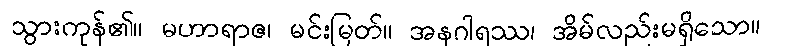
သွားကုန်၏။ မဟာရာဇ၊ မင်းမြတ်။ အနဂါရဿ၊ အိမ်လည်းမရှိသော။